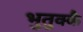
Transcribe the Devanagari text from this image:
भुतुक्कै